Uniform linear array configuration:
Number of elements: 24
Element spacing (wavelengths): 0.25
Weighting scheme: cosine
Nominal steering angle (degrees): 30
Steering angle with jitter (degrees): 31.376
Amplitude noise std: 0.05
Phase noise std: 0.05

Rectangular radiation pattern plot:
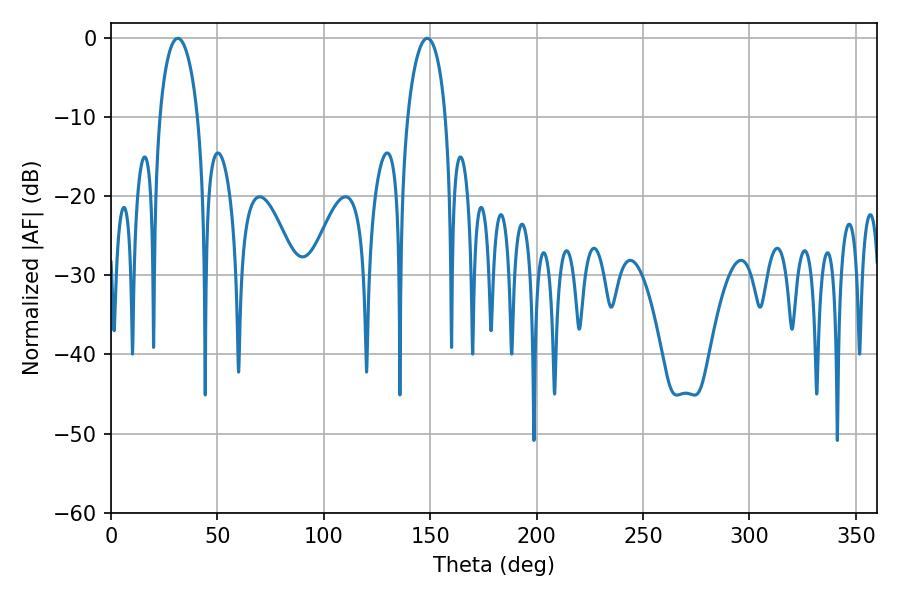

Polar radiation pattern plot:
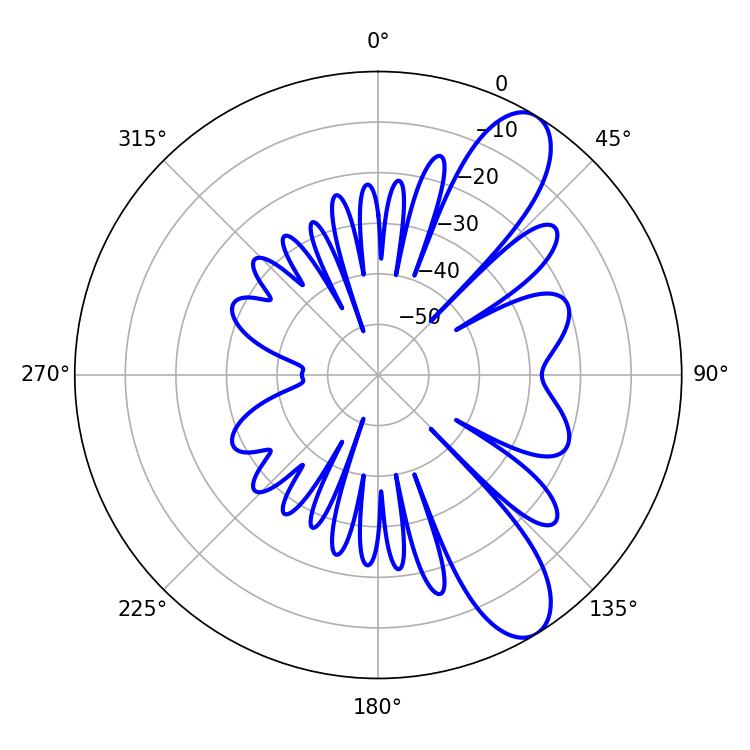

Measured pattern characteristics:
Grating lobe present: FALSE
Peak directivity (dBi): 9.85
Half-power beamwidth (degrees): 10.26
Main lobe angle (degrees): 31.32